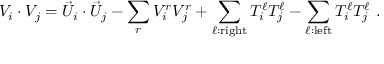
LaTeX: V _ { i } \cdot V _ { j } = { \vec { U } } _ { i } \cdot { \vec { U } } _ { j } - \sum _ { r } V _ { i } ^ { r } V _ { j } ^ { r } + \sum _ { \ell : { \mathrm { r i g h t } } } T _ { i } ^ { \ell } T _ { j } ^ { \ell } - \sum _ { \ell : { \mathrm { l e f t } } } T _ { i } ^ { \ell } T _ { j } ^ { \ell } ~ .